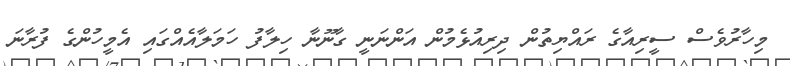
މިހާރުވެސް ސީރިއާގެ ރައްޔިތުން ދިރިއުޅެމުން އަންނަނީ ގާނޫނާ ހިލާފު ހަމަލާއެއްގައި އެމީހުންގެ ފުރާނަ